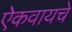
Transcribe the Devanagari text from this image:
ऐकवायचे